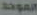
الموحد